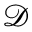
\mathcal { D }